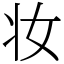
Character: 妆